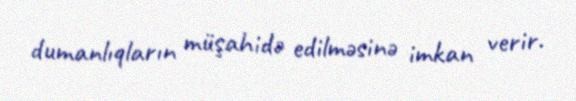
dumanlıqların müşahidə edilməsinə imkan verir.